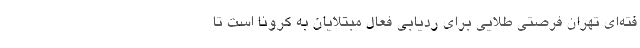
فته‌ای تهران فرصتی طلایی برای ردیابی فعال مبتلایان به کرونا است تا